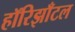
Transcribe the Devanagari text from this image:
हॉरिझाँटल